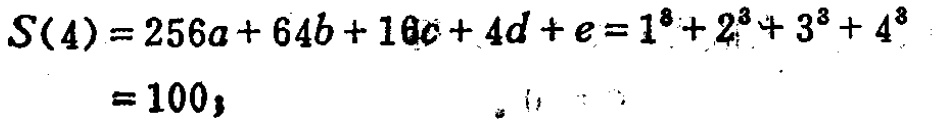
\[
\begin{align*}
S(4)&=256a + 64b+16c + 4d+e=1^{3}+2^{3}+3^{3}+4^{3}\\
&=100
\end{align*}
\]